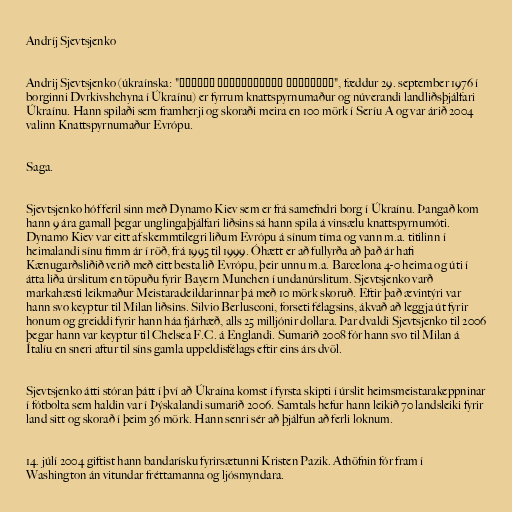
Andríj Sjevtsjenko

Andrij Sjevtsjenko (úkraínska: "Андрій Миколайович Шевченко", fæddur 29. september 1976 í
borginni Dvrkivshchyna í Úkraínu) er fyrrum knattspyrnumaður og núverandi landliðsþjálfari
Úkraínu. Hann spilaði sem framherji og skoraði meira en 100 mörk í Seríu A og var árið 2004
valinn Knattspyrnumaður Evrópu.

Saga.

Sjevtsjenko hóf feril sinn með Dynamo Kiev sem er frá samefndri borg í Úkraínu. Þangað kom
hann 9 ára gamall þegar unglingaþjálfari liðsins sá hann spila á vinsælu knattspyrnumóti.
Dynamo Kiev var eitt af skemmtilegri liðum Evrópu á sínum tíma og vann m.a. titilinn í
heimalandi sínu fimm ár í röð, frá 1995 til 1999. Óhætt er að fullyrða að það ár hafi
Kænugarðsliðið verið með eitt besta lið Evrópu, þeir unnu m.a. Barcelona 4-0 heima og úti í
átta liða úrslitum en töpuðu fyrir Bayern Munchen í undanúrslitum. Sjevtsjenko varð
markahæsti leikmaður Meistaradeildarinnar þá með 10 mörk skoruð. Eftir það ævintýri var
hann svo keyptur til Milan liðsins. Silvio Berlusconi, forseti félagsins, ákvað að leggja út fyrir
honum og greiddi fyrir hann háa fjárhæð, alls 25 milljónir dollara. Þar dvaldi Sjevtsjenko til 2006
þegar hann var keyptur til Chelsea F.C. á Englandi. Sumarið 2008 fór hann svo til Milan á
Ítalíu en sneri aftur til síns gamla uppeldisfélags eftir eins árs dvöl.

Sjevtsjenko átti stóran þátt í því að Úkraína komst í fyrsta skipti í úrslit heimsmeistarakeppninar
í fótbolta sem haldin var í Þýskalandi sumarið 2006. Samtals hefur hann leikið 70 landsleiki fyrir
land sitt og skorað í þeim 36 mörk. Hann senri sér að þjálfun að ferli loknum.

14. júlí 2004 giftist hann bandarísku fyrirsætunni Kristen Pazik. Athöfnin fór fram í
Washington án vitundar fréttamanna og ljósmyndara.